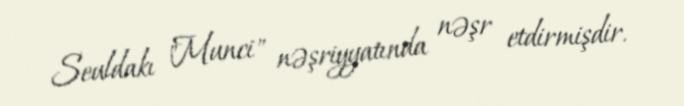
Seuldakı "Munci" nəşriyyatında nəşr etdirmişdir.